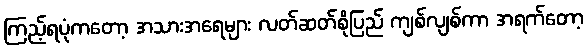
ကြည့်ရပုံကတော့ အသားအရေများ လတ်ဆတ်စိုပြည် ကျစ်လျစ်ကာ အရက်တော့